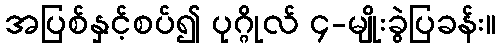
အပြစ်နှင့်စပ်၍ ပုဂ္ဂိုလ် ၄-မျိုးခွဲပြခန်း။